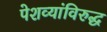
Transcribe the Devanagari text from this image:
पेशव्यांविरुद्ध